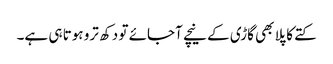
کتے کا پلا بھی گاڑی کے نیچے آجائے تو دکھ ترو ہوتا ہی ہے۔